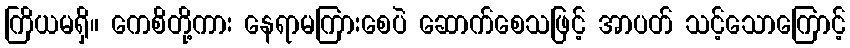
ကြိယမရှိ။ ကေစိတို့ကား နေရာမကြားစေပဲ ဆောက်စေသဖြင့် အာပတ် သင့်သောကြောင့်